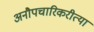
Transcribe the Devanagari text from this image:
अनौपचारिकरीत्या